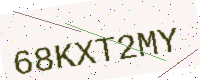
Text: 68KXT2MY